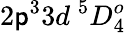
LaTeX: {2\mathsf{p}^{3}3d~^{5}D_{4}^{o}}